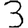
Digit: 3